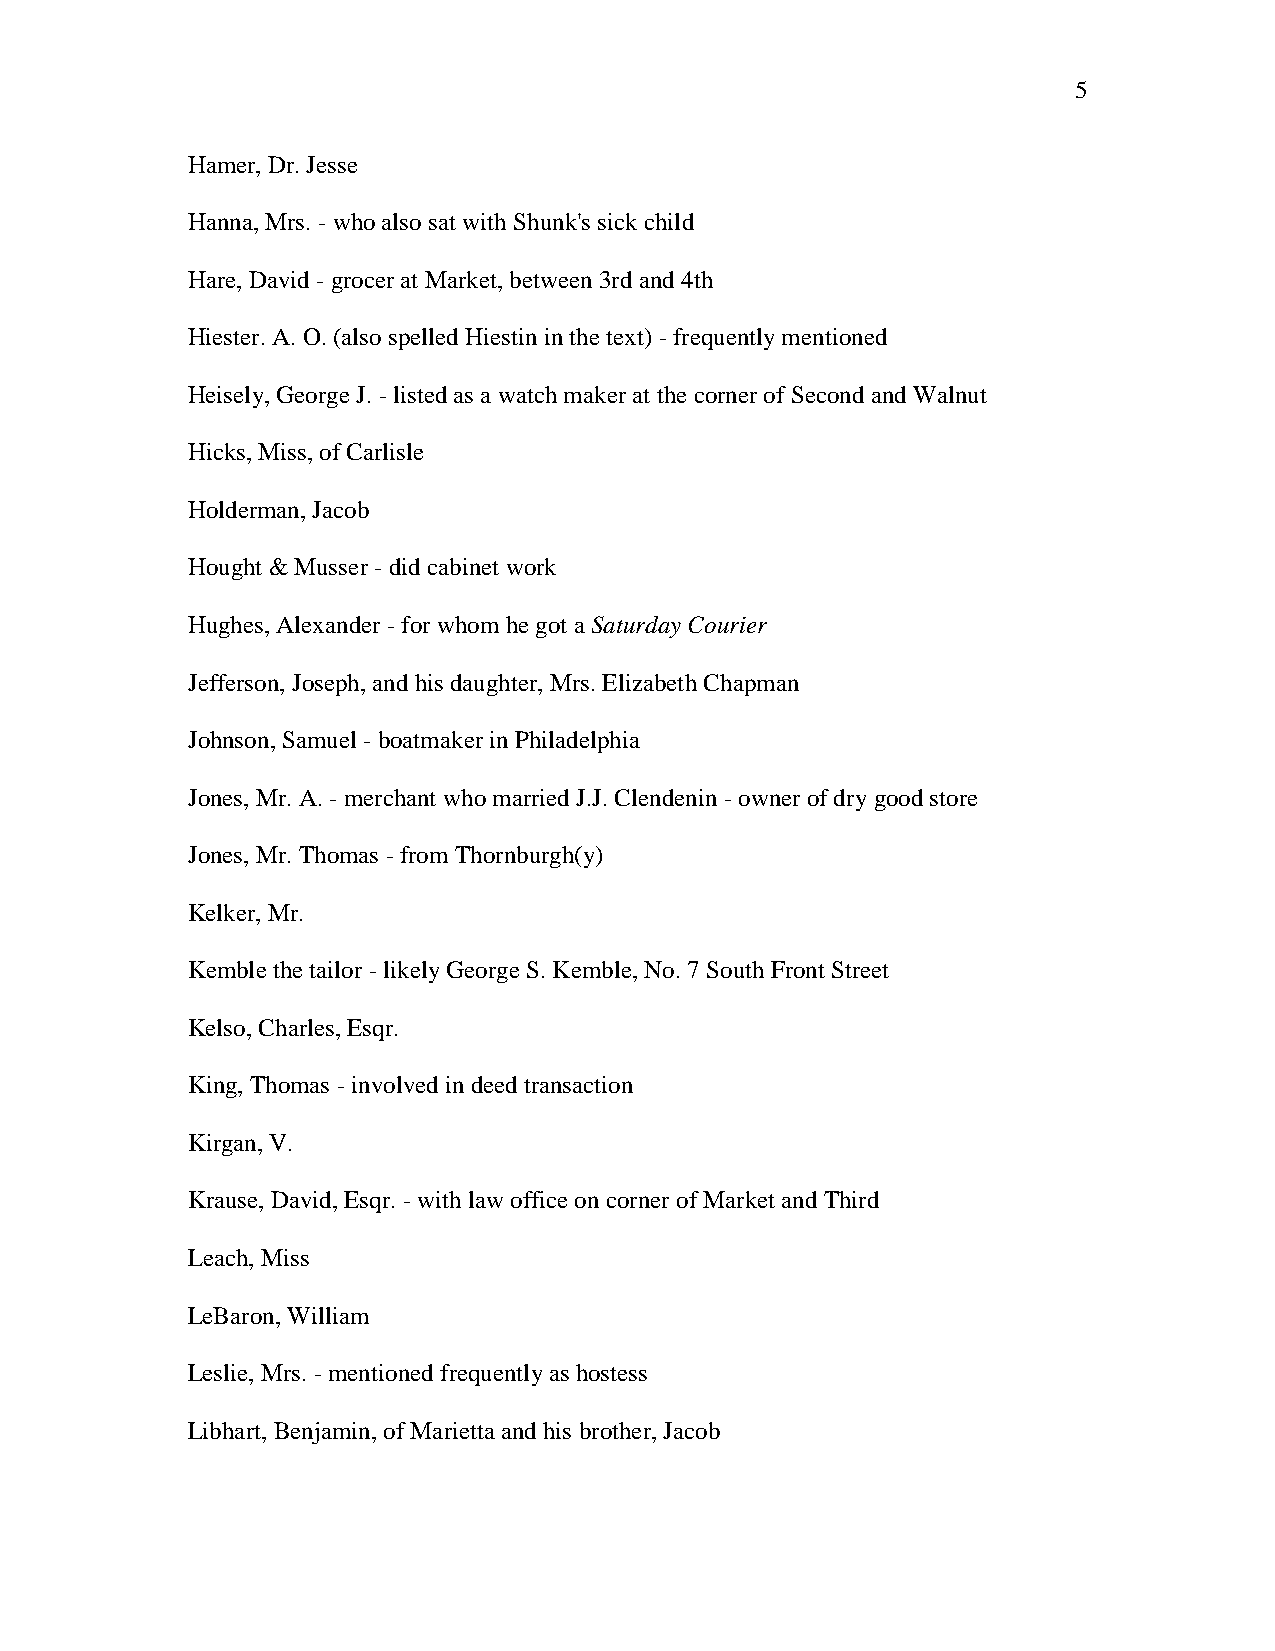
5
 Hamer, Dr. Jesse
 Hanna, Mrs. - who also sat with Shunk's sick child
 Hare, David - grocer at Market, between 3rd and 4th
 Hiester. A. O. (also spelled Hiestin in the text) - frequently mentioned
 Heisely, George J. - listed as a watch maker at the corner of Second and Walnut
 Hicks, Miss, of Carlisle
 Holderman, Jacob
 Hought & Musser - did cabinet work
 Hughes, Alexander - for whom he got a Saturday Courier
 Jefferson, Joseph, and his daughter, Mrs. Elizabeth Chapman
 Johnson, Samuel - boatmaker in Philadelphia
 Jones, Mr. A. - merchant who married J.J. Clendenin - owner of dry good store
 Jones, Mr. Thomas - from Thornburgh(y)
 Kelker, Mr.
 Kemble the tailor - likely George S. Kemble, No. 7 South Front Street
 Kelso, Charles, Esqr.
 King, Thomas - involved in deed transaction
 Kirgan, V.
 Krause, David, Esqr. - with law office on corner of Market and Third
 Leach, Miss
 LeBaron, William
 Leslie, Mrs. - mentioned frequently as hostess
 Libhart, Benjamin, of Marietta and his brother, Jacob